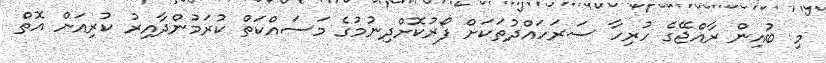
މި ބުއިން ރާއްޖޭގެ ހުރިހާ ސަރަހައްދުތަކަށް ފޯރުކޮށްދިނުމުގެ މަސައްކަތް ކުރަމުންދާއިރު ކުރިއަށް އޮތް